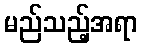
မည်သည့်အရာ